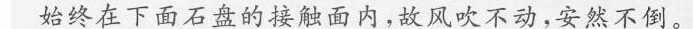
始终在下面石盘的接触面内，故风吹不动，安然不倒。